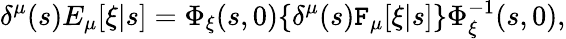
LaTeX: \delta^{\mu}(s)E_{\mu}[\xi|s]=\Phi_{\xi}(s,0)\{ \delta^{\mu}(s)\mathtt{F}_{\mu}[\xi|s]\} \Phi_{\xi}^{-1}(s,0),